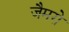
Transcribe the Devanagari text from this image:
जैमरो